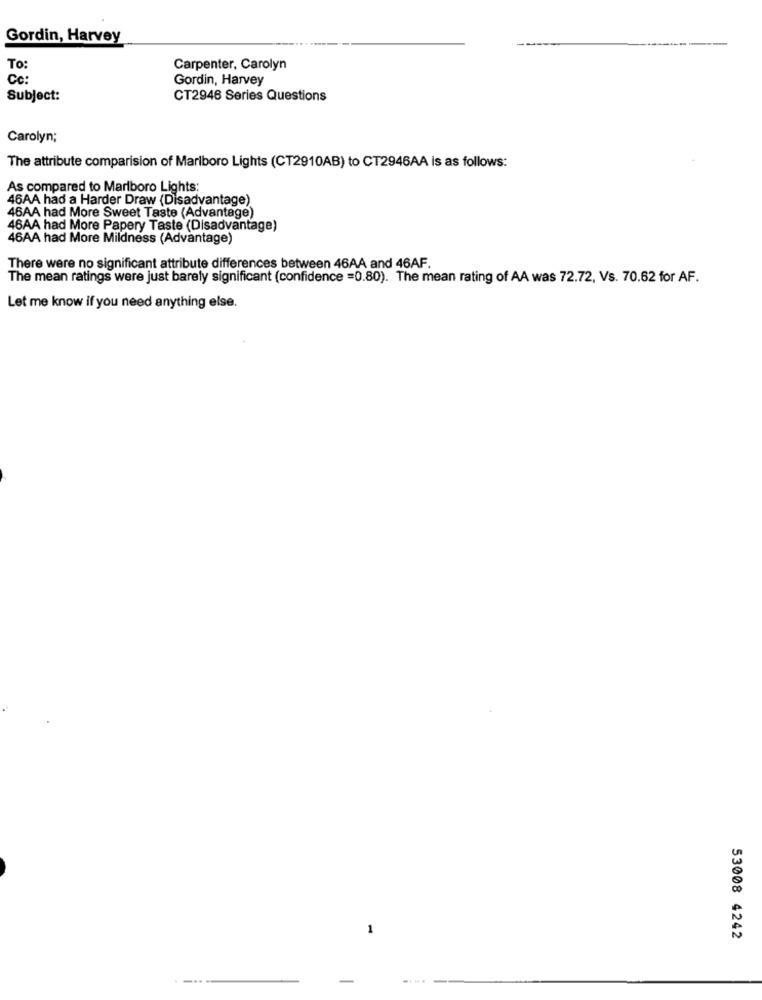
Gordin, Harvey
To:
Carpenter, Carolyn
Cc:
Gordin, Harvey
Subject:
CT2946 Series Questions
Carolyn;
The attribute comparision of Marlboro Lights (CT2910AB) to CT2946AA is as follows:
As compared to Marlboro Lights:
46AA had a Harder Draw (Disadvantage)
46AA had More Sweet Taste (Advantage)
46AA had More Papery Taste (Disadvantage)
46AA had More Mildness (Advantage)
There were no significant attribute differences between 46AA and 46AF.
The mean ratings were just barely significant (confidence =0.80). The mean rating of AA was 72.72, Vs. 70.62 for AF.
Let me know if you need anything else.
53008 4242